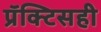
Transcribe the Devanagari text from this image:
प्रॅक्टिसही